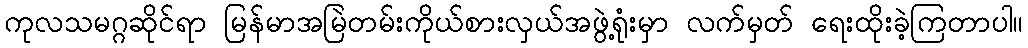
ကုလသမဂ္ဂဆိုင်ရာ မြန်မာအမြဲတမ်းကိုယ်စားလှယ်အဖွဲ့ရုံးမှာ လက်မှတ် ရေးထိုးခဲ့ကြတာပါ။